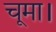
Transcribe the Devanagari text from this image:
चूमा।